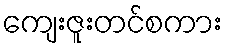
ကျေးဇူးတင်စကား